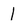
Character: 1